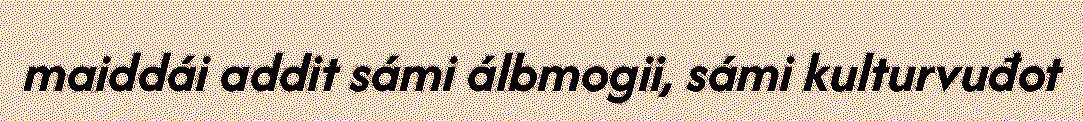
maiddái addit sámi álbmogii, sámi kulturvuđot